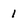
Character: 1